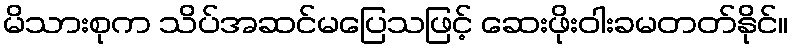
မိသားစုက သိပ်အဆင်မပြေသဖြင့် ဆေးဖိုးဝါးခမတတ်နိုင်။